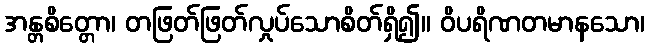
အန္တစိတ္တော၊ တဖြတ်ဖြတ်လှုပ်သောစိတ်ရှိ၍။ ဝိပရိဏတမာနသော၊